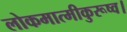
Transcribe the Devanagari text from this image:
लोकमात्मीकुरूष्व।